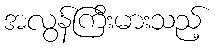
အလွန်ကြီးမားသည့်